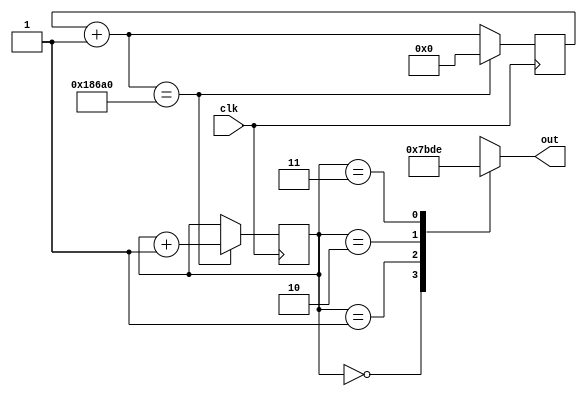
`timescale 1ns / 1ps
//////////////////////////////////////////////////////////////////////////////////
// Company: 
// Engineer: 
// 
// Design Name: 
// Module Name: Habilitador
// Project Name: 
// Target Devices: 
// Tool Versions: 
// Description: 
// 
// Dependencies: 
// 
// Revision:
// Revision 0.01 - File Created
// Additional Comments:
// 
//////////////////////////////////////////////////////////////////////////////////


module Habilitador(
input clk, 
output [3:0]out
    );
    reg [26:0]count = 0;
    reg [0:1]mov =0;
    reg [0:3]mov2 =7;
   always@(posedge clk)
  begin
   count = count+1;
   if(count == 100000)
   begin
   mov= mov+1;
   count = 0;
   end
   end
   
   always@(mov)
   begin
   case(mov)
   2'b00 : mov2<= 7;
    2'b01 : mov2<= 11;
  2'b10 : mov2<= 13;
    2'b11 : mov2<= 14;
 
default : mov2 <= 7;
  endcase
  end
 
  
    assign out = mov2;
endmodule